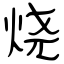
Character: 烧